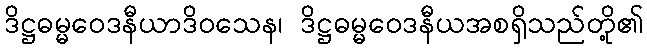
ဒိဋ္ဌဓမ္မဝေဒနီယာဒိဝသေန၊ ဒိဋ္ဌဓမ္မဝေဒနီယအစရှိသည်တို့၏